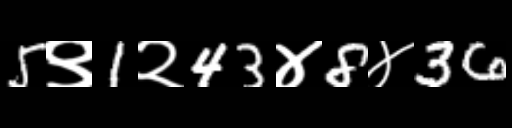
Text: 5९1२43४8४36